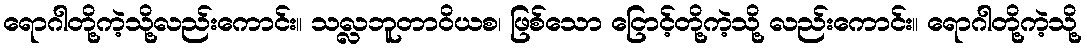
ရောဂါတို့ကဲ့သို့လည်းကောင်း။ သလ္လဘူတာဝိယစ၊ ဖြစ်သော ငြောင့်တို့ကဲ့သို့ လည်းကောင်း။ ရောဂါတို့ကဲ့သို့